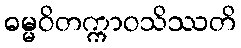
ဓမ္မဝိတက္ကာဝသိဿတိ